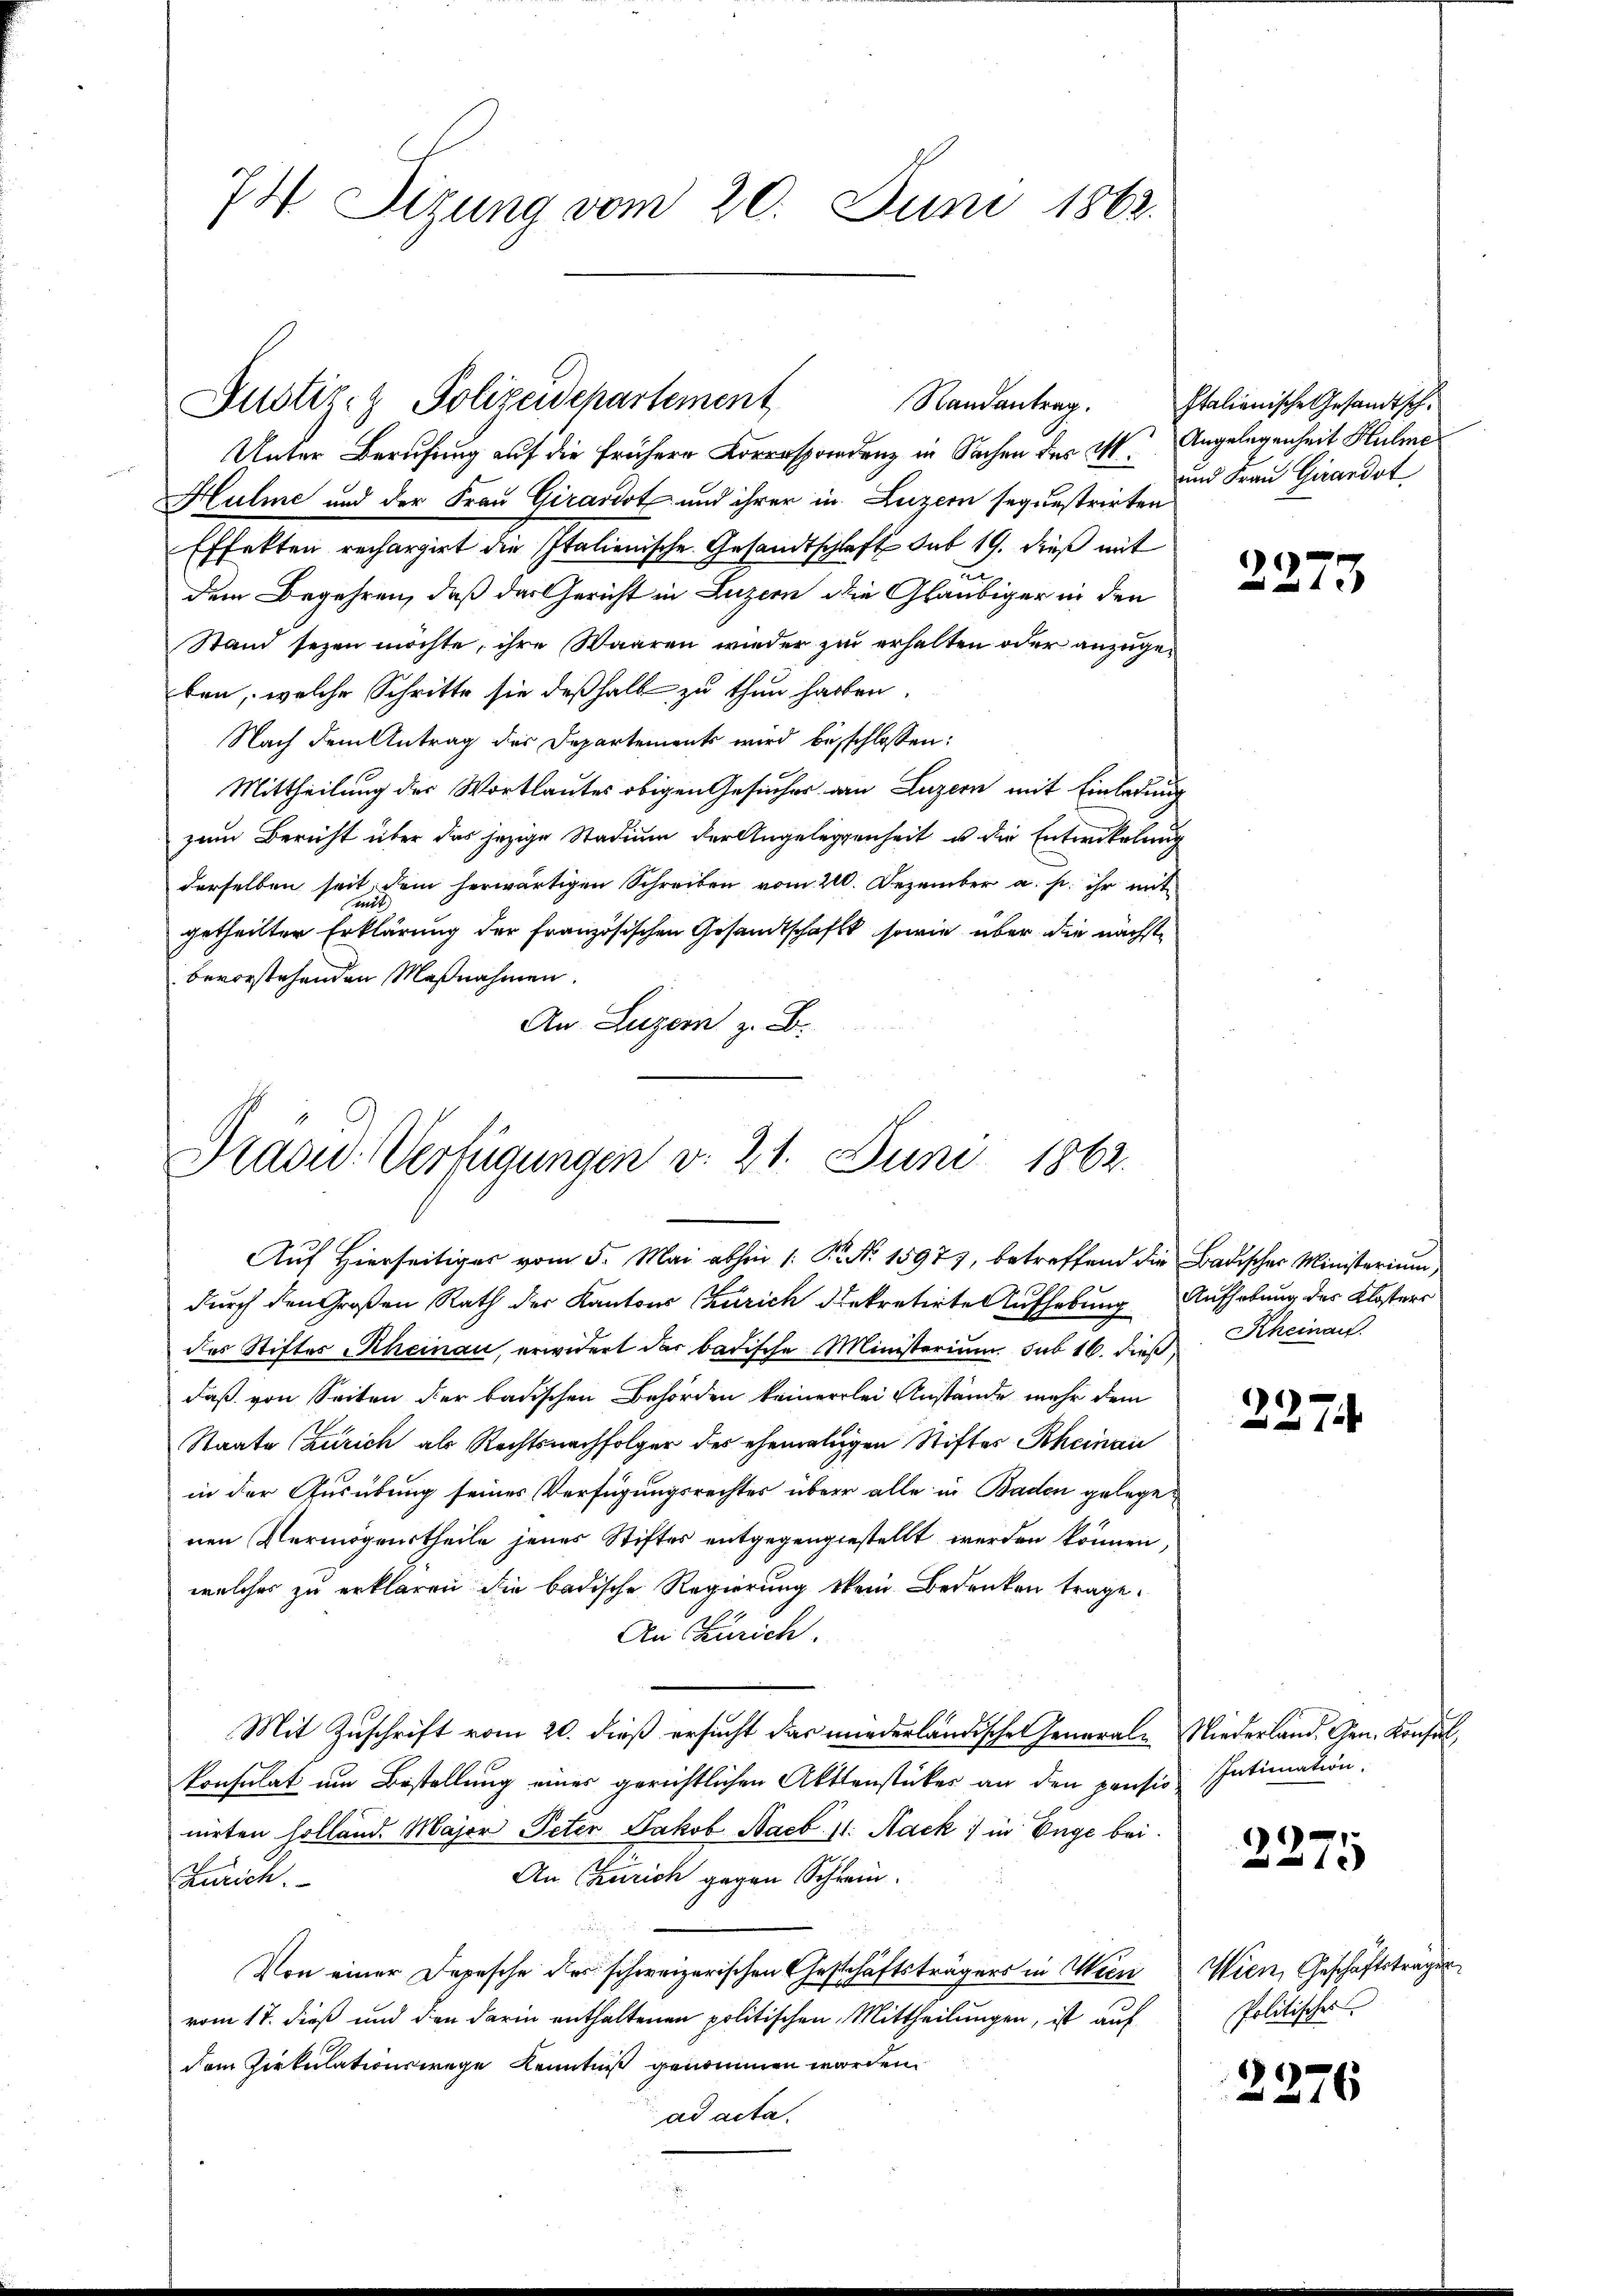
74 Sizung vom 20. Juni 1862.

Justiz- & Polizeidepartement
Randantrag.

Unter Berufung auf die frühere Korrespondenz in Sachen des I. Angelegenheit Helme
Hulme und der Frau Girardot und ihrer in Luzern sequestrirten
Effekten rechargirt die Italienische Gesandtschaft sub 19. dieß mit
un
dem Begehren, daß das Gericht in Luzern die Gläubiger in den
Stand sezen möchte, ihre Waaren wieder zu erhalten oder anzugeben, welche Schritte sie deßhalb zu thun haben.
Nach dem Antrag des Departements wird beschlossen:
Mittheilung der Wortlautes obigen Gesucher von Luzern mit Einladung
zum Bericht über das jezige Stadium der Angelegenheit u die Entwickelung
derselben seit, dem herwärtigen Schreiben vom 210. Dezember a. p. ihr mit
mit
getheilter Erklärung der französischen Gesandtschaft, sowie über die nächste
bevorstehenden Maßnahmen.
An Luzern z. B.

Pradid: Verfügungen v. 21. Juni 1862.

Italienische Gesandtsch¬
und Frau Girardst

Aŭf Hierseitiger vom 5. Mai abhin 1. K. No. 15977, betreffend die Badischer Ministerium,
durch den Großen Rath der Kantons Zürich dekretirte Aufhebung Aufhebung des Klosters
des Stiftes Rheinau, erwidert der badische Ministerium sub 16. dieß
daß von Seiten der badischen Behörden keinerlei Anstände mehr dem
Staate (Zürich als Rechtsnachfolger der ehemaligen Stiftes Rheinau
in der Ausübung seines Verfügungsrechtes über alle in Baden gelege
nen Vermögenstheile jenes Stiftes entgegengestellt werden können,
welches zu erklären die badische Regierung kein Bedenken trage.
An Zürich.
Mit Zuschrift vom 20. dieß ersucht das wiederländische Generale Niederland. Gen. Konsul,
konsulat um Bestellung einer gerichtlichen Aktenstücker an den pension
nirten Holland. Major Peter Jakob Naeb. 11. Nack, in Enge bei
An Zürich gegen Schrein.
Zürich.
Von einer Depesche der schweizerischen Geschäftsträgers in Wien
vom 17. dieß und den darin enthaltenen politischen Mittheilungen, ist auf
dem Cirkulationswege Kenntniß genommen worden.
ad acta.

1

Rheinau.

227

Intimation.

2275

Wien Geschäftsträgen
Politischer

2276